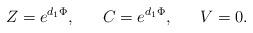
LaTeX: \begin{align*}Z= e^{d_1 \Phi}, \ \ \ \ \ C= e^{d_1 \Phi}, \ \ \ \ \ V=0.\end{align*}